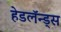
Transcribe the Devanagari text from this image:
हेडलॅन्ड्‌स